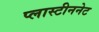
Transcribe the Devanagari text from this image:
प्लास्टीननेट